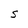
Character: S